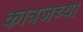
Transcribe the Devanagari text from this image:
कात्रजच्या